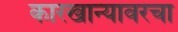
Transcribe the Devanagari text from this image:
कारखान्यावरचा